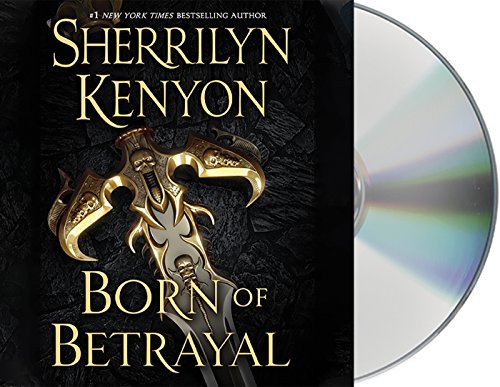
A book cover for Born of Betrayal (The League: Nemesis Rising); Sherrilyn Kenyon; Romance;